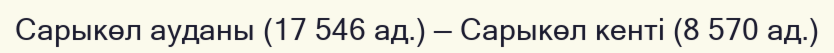
Сарыкөл ауданы (17 546 ад.) — Сарыкөл кенті (8 570 ад.)